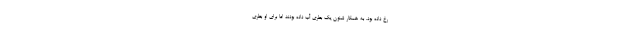
رخ داده بود. به همکار شنون یک بطری آب داده بودند اما برای او بطری